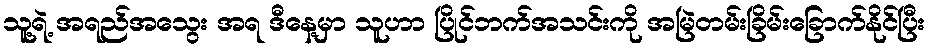
သူ့ရဲ့ အရည်အသွေး အရ ဒီနေ့မှာ သူဟာ ပြိုင်ဘက်အသင်းကို အမြဲတမ်းခြိမ်းခြောက်နိုင်ပြီး